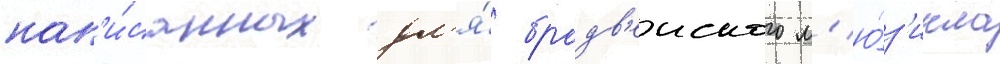
нап'и́санных дл'я́ бродв'еиского м'ю́з'икла